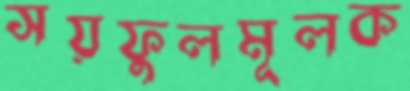
সয়ফুলমূলক